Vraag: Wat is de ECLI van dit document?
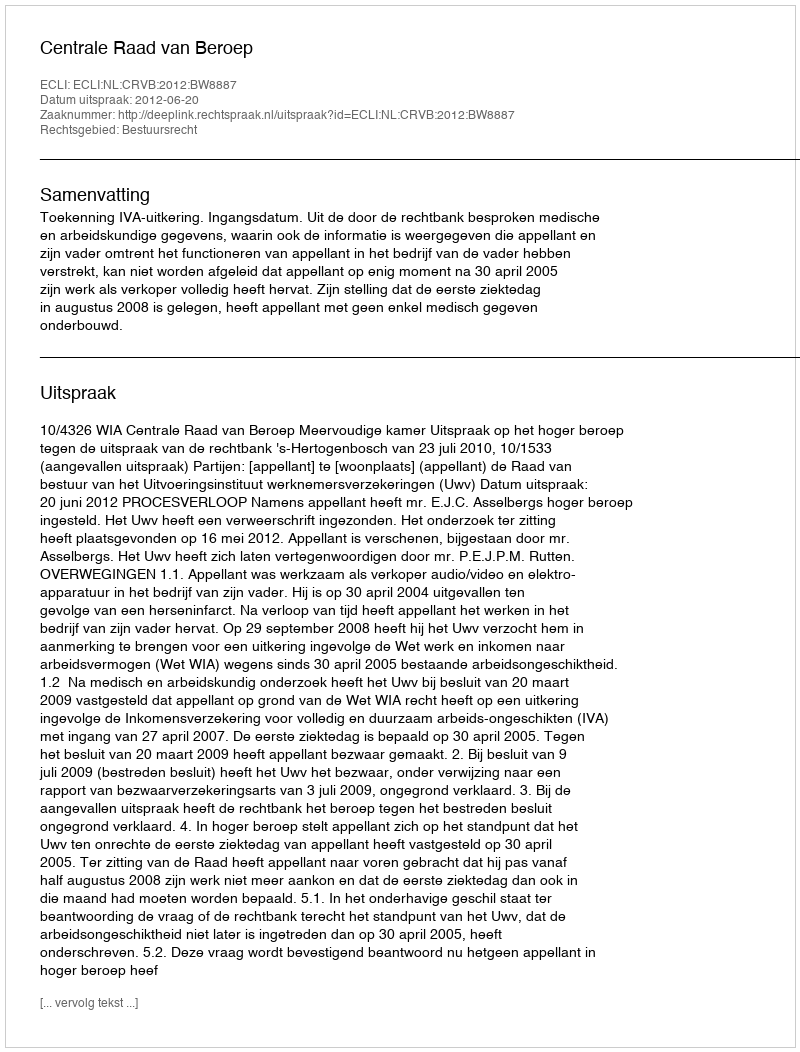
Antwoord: ECLI:NL:CRVB:2012:BW8887